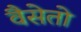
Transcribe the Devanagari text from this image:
वैसेतो